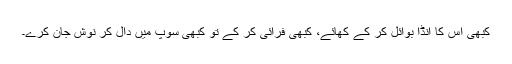
کبھی اس کا انڈا بوائل کر کے کھائے، کبھی فرائی کر کے تو کبھی سوپ میں دال کر نوشِ جان کرے۔